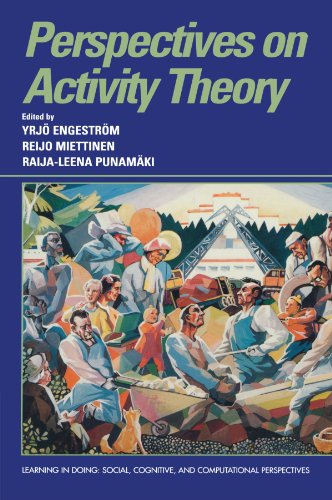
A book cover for Perspectives on Activity Theory (Learning in Doing: Social, Cognitive and Computational Perspectives); Medical Books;